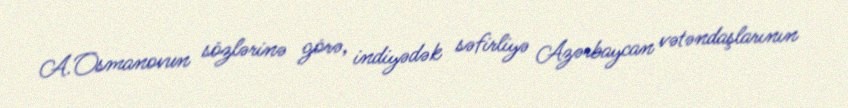
A.Osmanovun sözlərinə görə, indiyədək səfirliyə Azərbaycan vətəndaşlarının